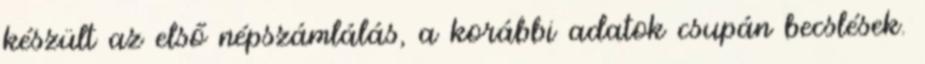
készült az első népszámlálás, a korábbi adatok csupán becslések.